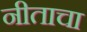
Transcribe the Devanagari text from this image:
नीताचा